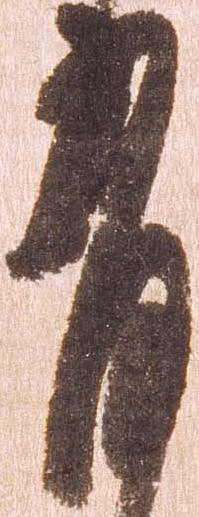
有